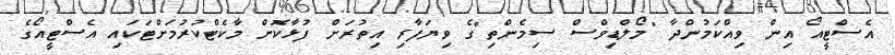
އެސްޓީއޯ އިން ވިއްކަމުންދާ "މޯލްޑިވްސް ސިމެންތި"ގެ ވިޔަފާރި އިތުރަށް ފުޅާކޮށް މާކެޓްކުރުމަށްޓަކައި އެސްޓީއޯގެ